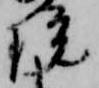
院